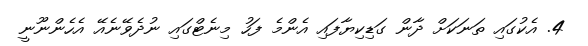
4. އެކުގައި ތަނަކަށް ދާން ގަޑިކިޔާފައި އެންމެ ފަހު މިނެޓްގައި ނުދެވޭނެއޭ އެހެންނޫނީ